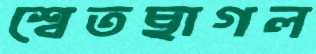
শ্বেতছাগল